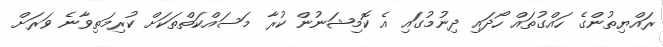
ރައްޔިތުންގެ ހައްގުތައް ހޯދައި ދިނުމުގައި އެ ކޮމިޝަނުން ކުރާ މަސައްކަތްތަކަށް ކުރިމަތިވާނެ ވަރަށް